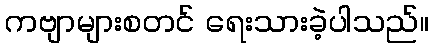
ကဗျာများစတင် ရေးသားခဲ့ပါသည်။